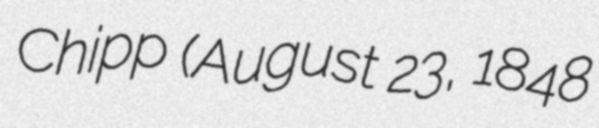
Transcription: Chipp (August 23, 1848